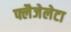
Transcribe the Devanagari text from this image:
फ्लैजेलेटा